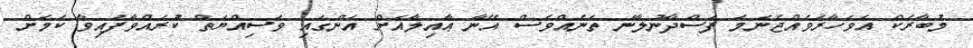
މުބާރަކް އަވަހާރަވެއްޖެނަމަ ފަސްދާނުލާނެ ތަނެއްވެސް އޭނާ ޢާއިލާއަށް އަންގައި ވަސިއްޔަތް ކުރައްވާފައިވާ ކަމަށް